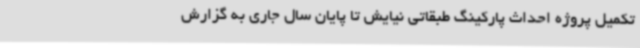
تکمیل پروژه احداث پارکینگ طبقاتی نیایش تا پایان سال جاری به گزارش